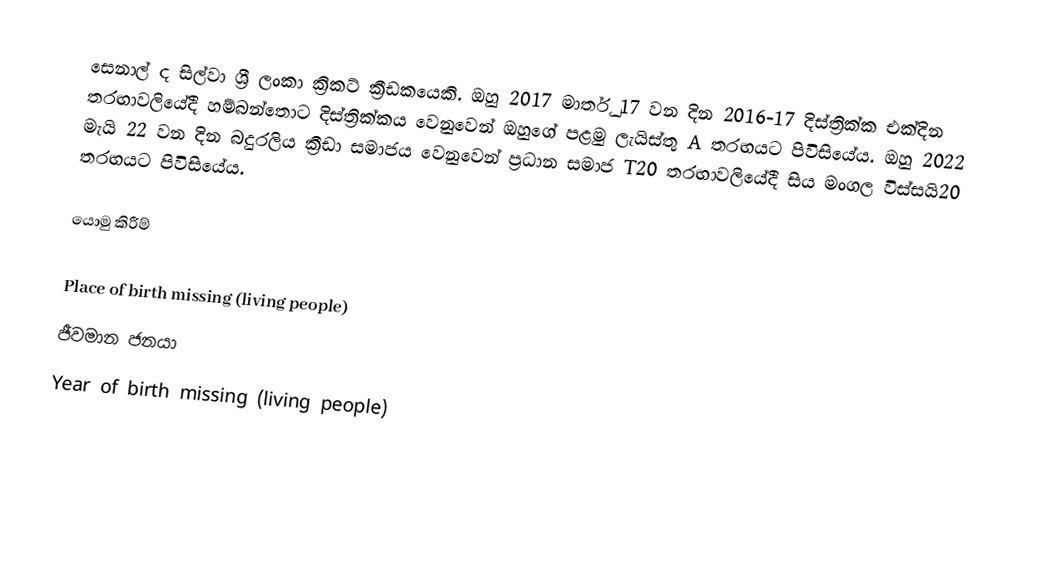
සෙනාල් ද සිල්වා ශ්‍රී ලංකා ක්‍රිකට් ක්‍රීඩකයෙකි. ඔහු 2017 මාර්තු 17 වන දින 2016-17 දිස්ත්‍රික්ක එක්දින තරඟාවලියේදී හම්බන්තොට දිස්ත්‍රික්කය වෙනුවෙන් ඔහුගේ පළමු ලැයිස්තු A තරඟයට පිවිසියේය. ඔහු 2022 මැයි 22 වන දින බදුරලිය ක්‍රීඩා සමාජය වෙනුවෙන් ප්‍රධාන සමාජ T20 තරඟාවලියේදී සිය මංගල විස්සයි20 තරඟයට පිවිසියේය.

යොමු කිරීම්

Place of birth missing (living people)
ජීවමාන ජනයා
Year of birth missing (living people)